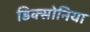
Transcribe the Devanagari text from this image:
डिक्सोनिया